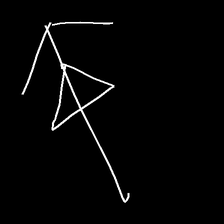
Glyph: pull